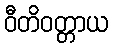
ဝီတိဝတ္တာယ